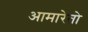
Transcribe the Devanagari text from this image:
आमारेतो